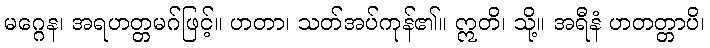
မဂ္ဂေန၊ အရဟတ္တမဂ်ဖြင့်။ ဟတာ၊ သတ်အပ်ကုန်၏။ ဣတိ၊ သို့။ အရီနံ ဟတတ္တာပိ၊